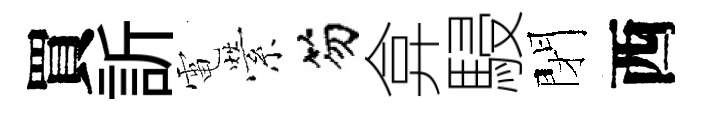
買訢電縈笏弇駸閉西